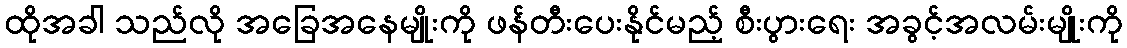
ထိုအခါ သည်လို အခြေအနေမျိုးကို ဖန်တီးပေးနိုင်မည့် စီးပွားရေး အခွင့်အလမ်းမျိုးကို